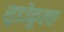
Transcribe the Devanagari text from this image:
सुडोकूला